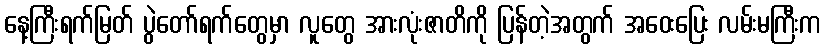
နေ့ကြီးရက်မြတ် ပွဲတော်ရက်တွေမှာ လူတွေ အားလုံးဇာတိကို ပြန်တဲ့အတွက် အဝေးပြေး လမ်းမကြီးက